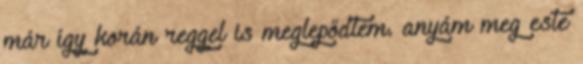
már így korán reggel is meglepődtem. anyám meg este